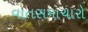
વાતસમાચારો